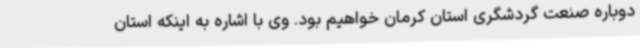
دوباره صنعت گردشگری استان کرمان خواهیم بود. وی با اشاره به اینکه استان